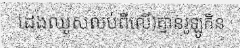
ដេងឈូសលប់ពីលើ)គ្មានរូឡូកិន